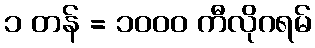
၁ တန် = ၁၀၀၀ ကီလိုဂရမ်